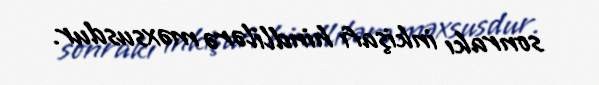
sonrakı inkişafı hindlilərə məxsusdur.